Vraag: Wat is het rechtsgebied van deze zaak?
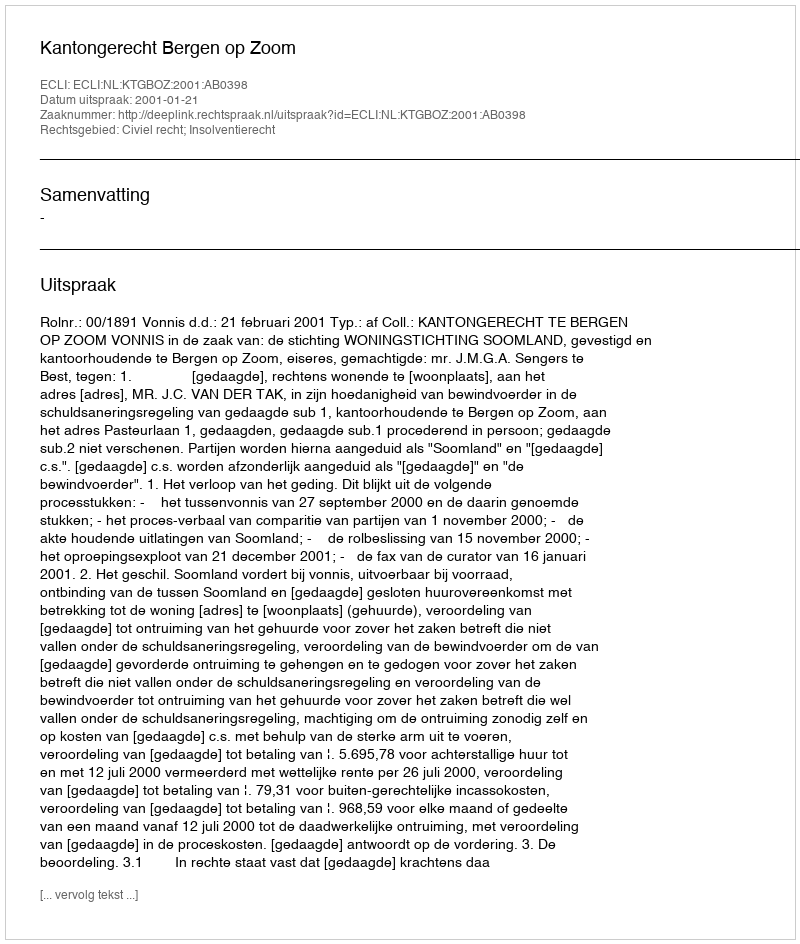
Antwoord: Civiel recht; Insolventierecht